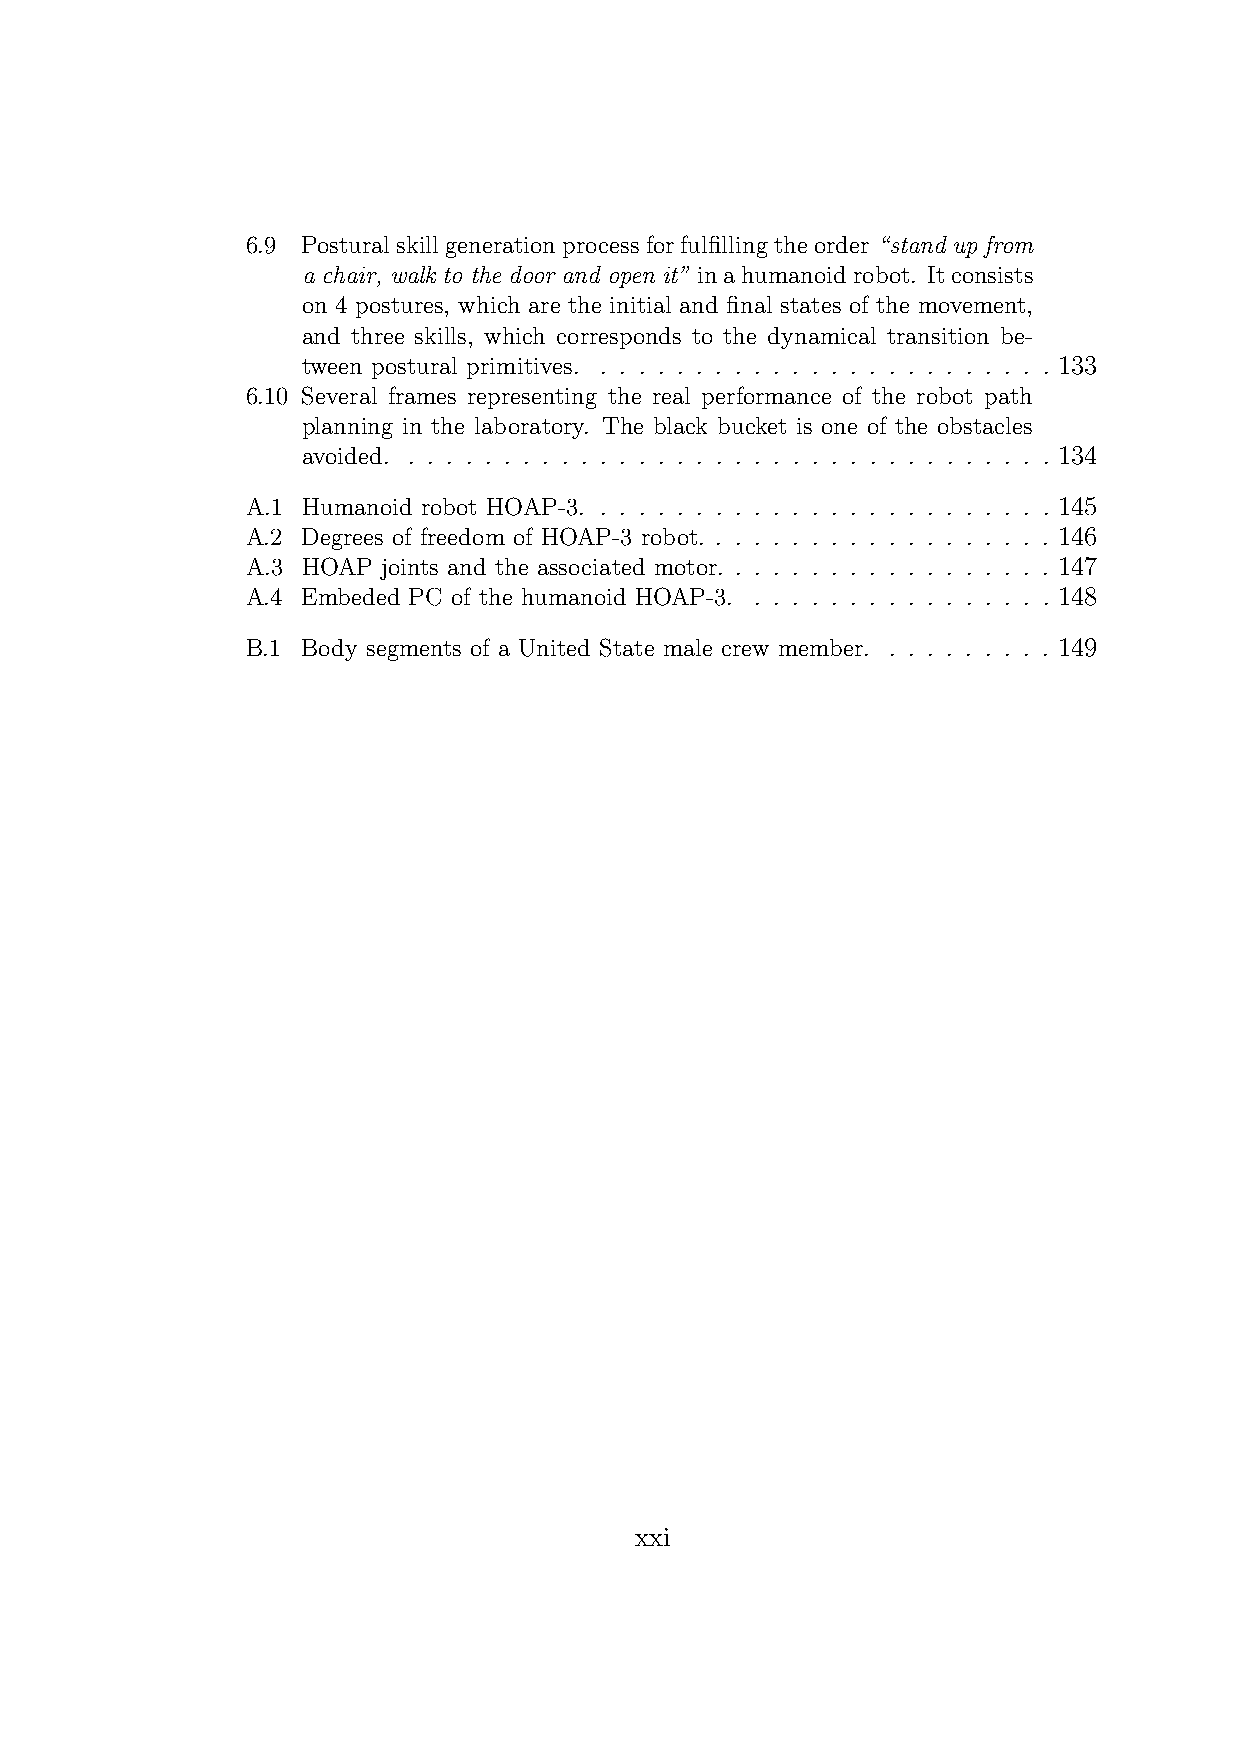
6.9 Posturalskillgenerationprocessforfulfillingtheorder“stand up from
 a chair, walk to the door and open it” inahumanoidrobot. Itconsists
 on 4 postures, which are the initial and final states of the movement,
 and three skills, which corresponds to the dynamical transition be-
 tween postural primitives. . . . . . . . . . . . . . . . . . . . . . . . . 133
 6.10 Several frames representing the real performance of the robot path
 planning in the laboratory. The black bucket is one of the obstacles
 avoided. . . . . . . . . . . . . . . . . . . . . . . . . . . . . . . . . . . 134
 A.1 Humanoid robot HOAP-3. . . . . . . . . . . . . . . . . . . . . . . . . 145
 A.2 Degrees of freedom of HOAP-3 robot. . . . . . . . . . . . . . . . . . . 146
 A.3 HOAP joints and the associated motor. . . . . . . . . . . . . . . . . . 147
 A.4 Embeded PC of the humanoid HOAP-3. . . . . . . . . . . . . . . . . 148
 B.1 Body segments of a United State male crew member. . . . . . . . . . 149
 xxi